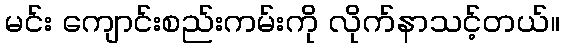
မင်း ကျောင်းစည်းကမ်းကို လိုက်နာသင့်တယ်။